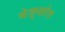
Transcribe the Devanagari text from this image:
बेज़ुखोव